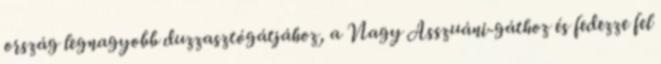
ország legnagyobb duzzasztógátjához, a Nagy Asszuáni-gáthoz és fedezze fel